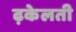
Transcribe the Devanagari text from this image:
ढ़केलती